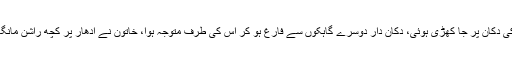
ساتویں روز بیوہ ماں خود کو بڑی سی چادر میں لپیٹ کر محلے کی پرچون کی دکان پر جا کھڑی ہوئی، دکان دار دوسرے گاہکوں سے فارغ ہو کر اس کی طرف متوجہ ہوا، خاتون نے ادھار پر کچھ راشن مانگا تو دکان دار نے نا صرف صاف انکار کر دیا بلکہ دو چار باتیں بھی سنا دیں۔